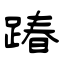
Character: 踳